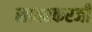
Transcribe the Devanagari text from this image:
सावरकरजी